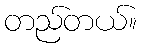
တည်တယ်။